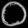
Digit: ၀